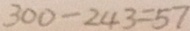
3 0 0 - 2 4 3 = 5 7